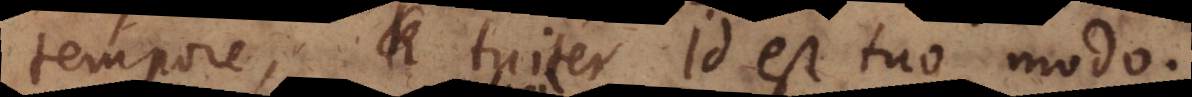
tempore, tuiter id est tuo modo.